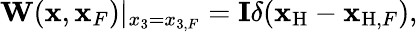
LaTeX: \begin{array}{r}{{\mathbf W}({\mathbf x},{\mathbf x}_{F})|_{x_{3}={x_{3,F}}}={\mathbf I}\delta({{\mathbf x}_{\mathrm{H}}}-{{\mathbf x}_{\mathrm{H},F}}),}\end{array}